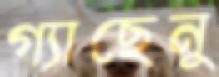
গ্যাছেনু